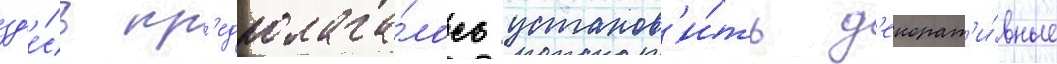
зд'е́сь пр'едполага́лось установ'и́ть д'екорат'и́вные